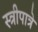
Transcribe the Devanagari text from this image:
स्त्रीपात्रे